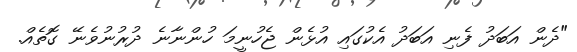
"ދެން އަބަދު ފެނި އަބަދު އެކުގައި އުޅެން ޖެހުނީމަ ހުންނާނެ ދުރުނުވެނޭ ގޮތެއް.